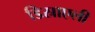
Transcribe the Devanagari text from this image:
डिस्राएली